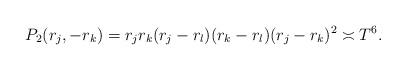
LaTeX: \begin{align*} P_2(r_j, -r_k) = r_jr_k(r_j-r_l)(r_k- r_l) (r_j-r_k)^2 \asymp T^6.\end{align*}